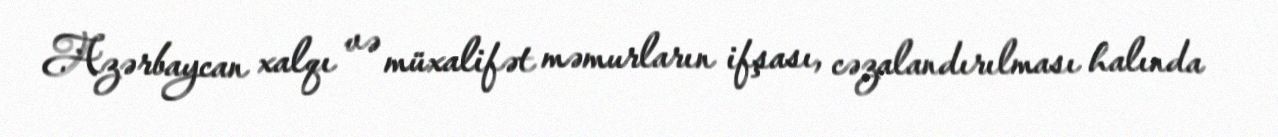
Azərbaycan xalqı və müxalifət məmurların ifşası, cəzalandırılması halında